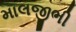
માલજીભી